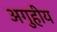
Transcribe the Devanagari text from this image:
अगुहीय